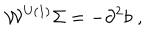
\mathcal { W } ^ { \mathrm { U ( 1 ) } } \Sigma = - \partial ^ { 2 } b \; ,